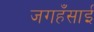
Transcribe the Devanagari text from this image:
जगहँसाई